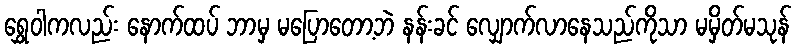
ရွှေဝါကလည်း နောက်ထပ် ဘာမှ မပြောတော့ဘဲ နန်းခင် လျှောက်လာနေသည်ကိုသာ မမှိတ်မသုန်